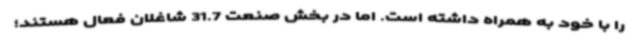
را با خود به همراه داشته است. اما در بخش صنعت 31.7 شاغلان فعال هستند؛